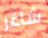
شاغر